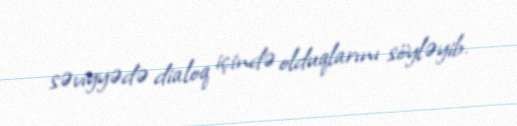
səviyyədə dialoq içində olduqlarını söyləyib.